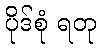
ပိုဒ်စုံ ရတု